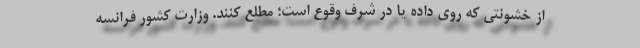
از خشونتی که روی داده یا در شرف وقوع است؛ مطلع کنند. وزارت کشور فرانسه